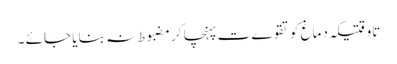
تاوقتیکہ دماغ کو تقوےت پہنچا کر مضبوط نہ بنایا جائے ۔